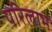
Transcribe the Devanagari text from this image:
परिलाभ